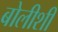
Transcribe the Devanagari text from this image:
बोलीशी